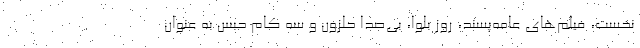
نخست، فیلم‌های عامه‌پسند، روز بلوا، بی‌صدا حلزون و سه کام حبس به عنوان